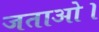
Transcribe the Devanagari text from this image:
जताओ।